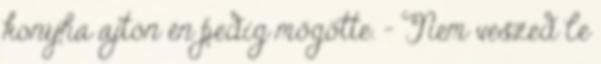
konyha ajtón én pedig mögötte. - Nem veszed le